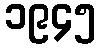
၁၉၄၅